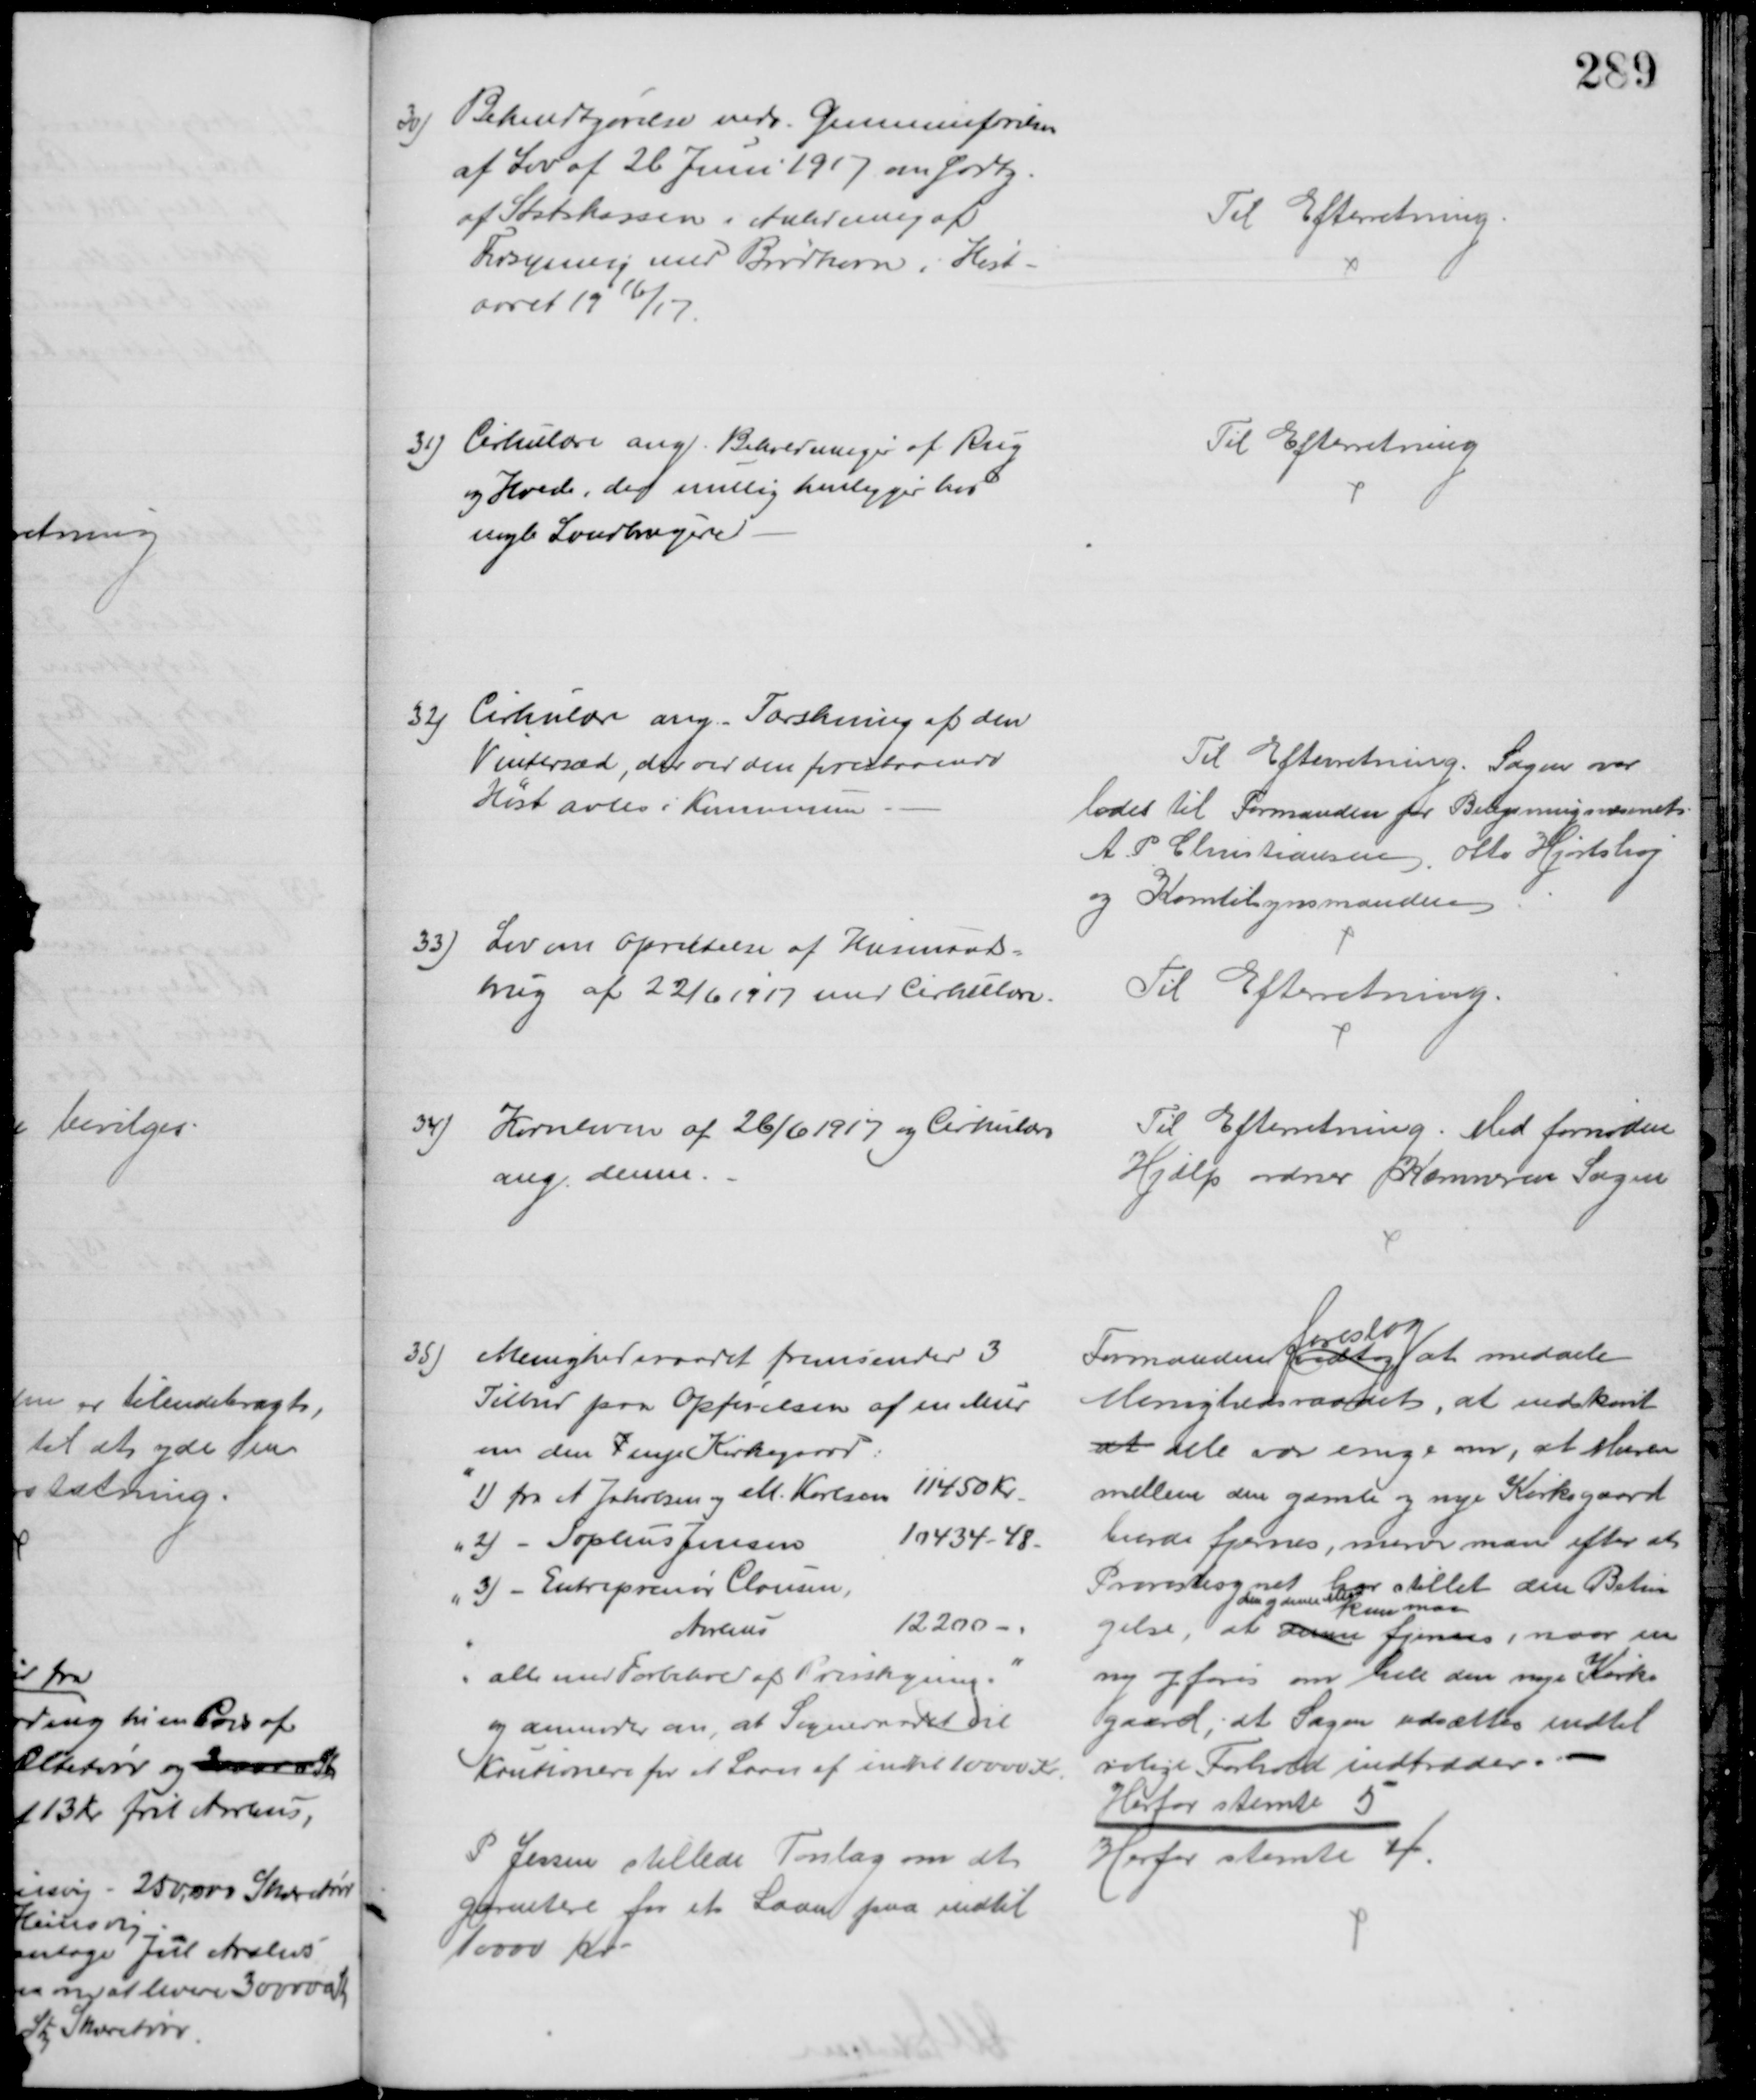
Transskription:
30)
Bekendtgørelse vedr. Gennemførelsen
af Lov af 26 Juni 1917 om Godtg.
af Statskassen i Anledning af
Forsyning med Brødkorn i Høst-
aaret 1916/17
Til Efterretning
31) Cirkulære ang. Beholdninger af Rug
og Hvede, der mulig henligger hos
nogle Landbrugere
Til Efterretning
32) Cirkulære ang. Tærskning af den
Vintersæd, der ved den forestaaende
Hest avles i Kommunen
Til Efterretning. Sagen over
lodes til Formanden for Belysningsvæsenet
A. P. Christiansen, Otto Hjortshøj
og Korntilsynsmanden
33) Lov om Oprettelse af Husmands=
brug af 22/6 1917 med Cirkulære.
Til Efterretning.
34) Kornloven af 26/6 1917 og Cirkulære
ang. denne.
Til Efterretning. Med fornøden
Hjælp ordner Kæmneren Sagen
35)
Menighedsraadet fremsender 3
Tilbud paa Opførelsen af en Mur
om den K  nye Kirkegaard.
1) fra A Jakobsen og M. Karlsen 11450 Kr.
2) - Sophus Jensen
10434 - 48
3) - Entreprenør Clausen,
Aarhus
12200 
alle med Forbehold af Prisstigning.
og anmoder om, at Sogneraadet vil
kautionere for et Laan af indtil 10000 Kr.
Formanden vedtog 
foreslog
at meddele
Menighedsraadet, at endskønt
at alle var enige om, at Muren
mellem den gamle og nye Kirkegaard
burde fjernes, mener man efter at 
Præstesognet har stillet den Betin-
gelse, at denne
den gamle Mur
kun maa
fjernes, naar en
ny opføres om hele den nye Kirke
gaard, at Sagen udsættes indtil
rolige Forhold indtræder.
Herfor stemte 5
P Jensen stillede Forlag om at
garantere for et Laan paa indtil
10.000 Kr
Herfor stemte 4